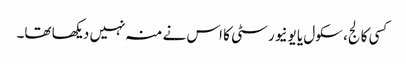
کسی کالج، سکول یا یونیورسٹی کا اس نے منہ نہیں دیکھا تھا۔